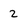
Character: z